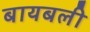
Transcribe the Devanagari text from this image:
बायबली